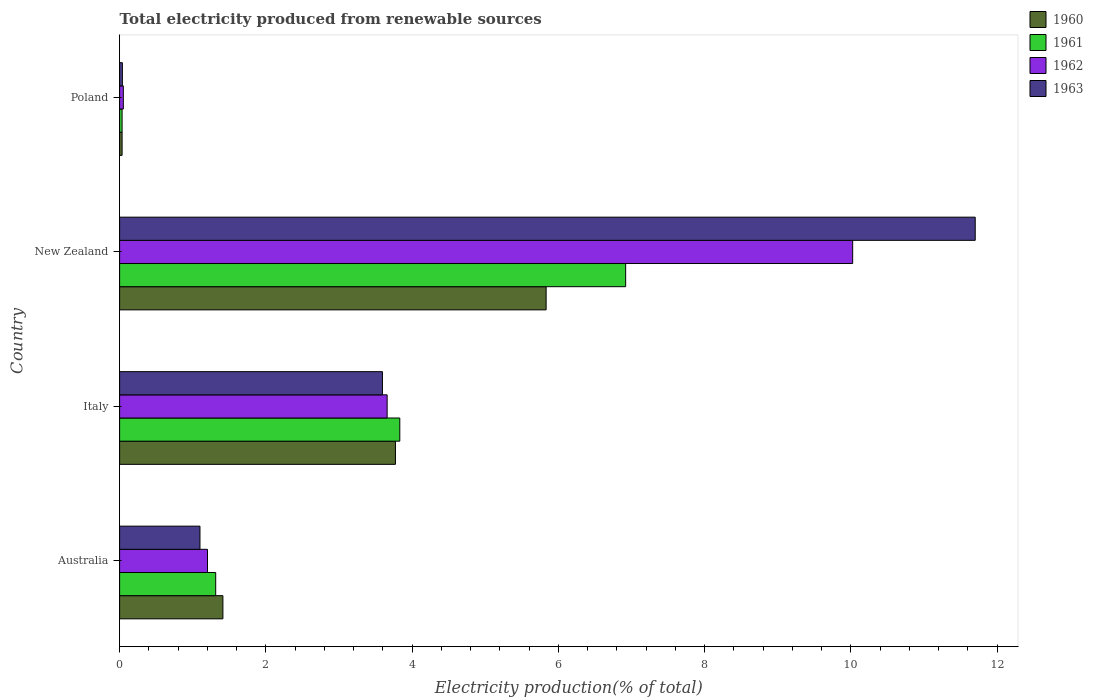
| Country | 1960 | 1961 | 1962 | 1963 |
 | --- | --- | --- | --- | --- |
 | Australia | 1.41 | 1.31 | 1.2 | 1.1 |
 | Italy | 3.77 | 3.83 | 3.66 | 3.59 |
 | New Zealand | 5.83 | 6.92 | 10 | 11.7 |
 | Poland | 0.0342 | 0.0341 | 0.0509 | 0.0379 |